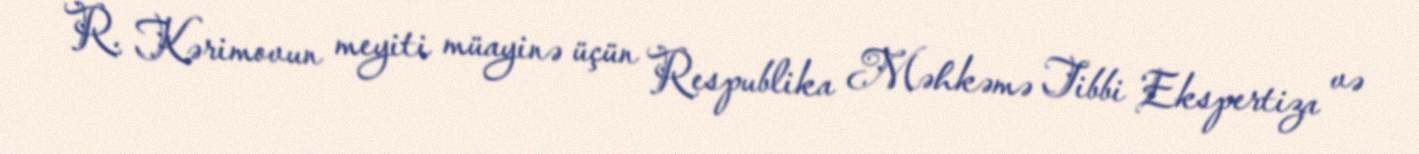
R. Kərimovun meyiti müayinə üçün Respublika Məhkəmə Tibbi Ekspertiza və